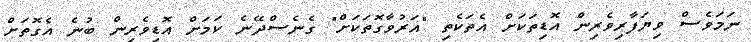
ނަމަވެސް ވިޔަފާރިވެރިން އޮޑިތަކަށް އެތަކެތި "އަރުވާގޮތަކަށް" ގެނެސްދޭނެ ކަމަށް އޮޑިވެރިން ބުނެ އެގޮތަށް